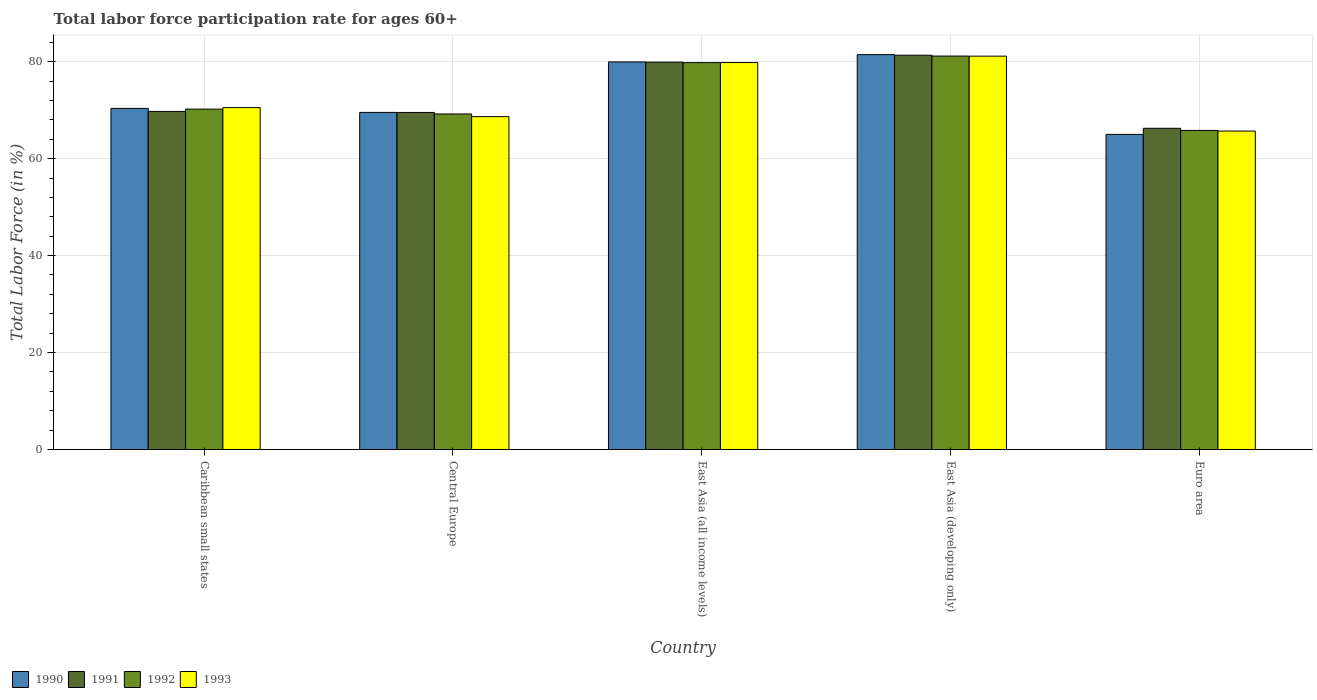
| Country | 1990 | 1991 | 1992 | 1993 |
 | --- | --- | --- | --- | --- |
 | Caribbean small states | 70.4 | 69.7 | 70.2 | 70.5 |
 | Central Europe | 69.5 | 69.5 | 69.2 | 68.7 |
 | East Asia (all income levels) | 79.9 | 79.9 | 79.8 | 79.8 |
 | East Asia (developing only) | 81.5 | 81.3 | 81.2 | 81.1 |
 | Euro area | 65 | 66.3 | 65.8 | 65.7 |